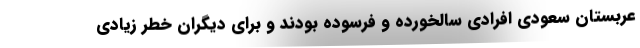
عربستان سعودی افرادی سالخورده و فرسوده بودند و برای دیگران خطر زیادی